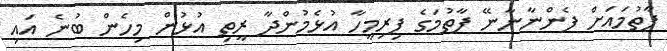
ފާތުމައަށް ފެންނާނާނޭ ފާތުމަގެ ފިރިމީހާ އުޅެމުންދާ ރީތި އުޅުން މިހެން ބުނެ އައި